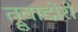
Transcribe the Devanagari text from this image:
त्रूवादोरों